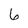
Character: 6